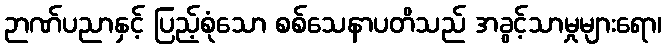
ဉာဏ်ပညာနှင့် ပြည့်စုံသော စစ်သေနာပတိသည် အခွင့်သာမှုများရော၊